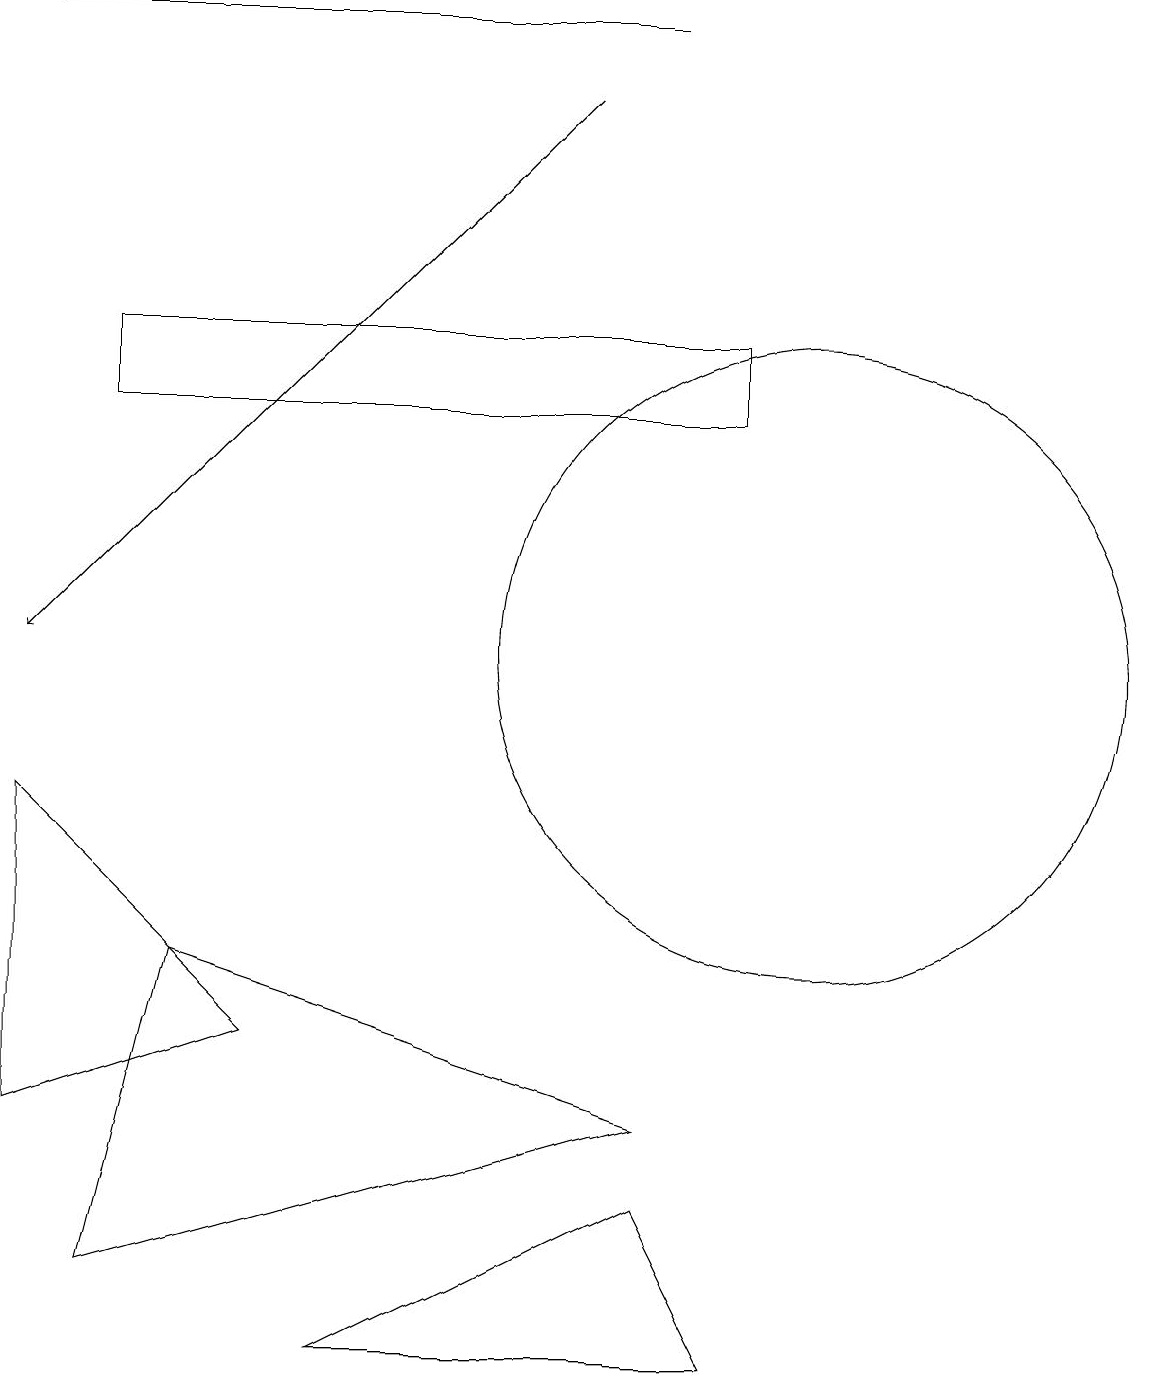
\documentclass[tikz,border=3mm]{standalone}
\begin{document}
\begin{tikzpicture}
\draw (9,1) -- (4,1) -- (8,3) -- cycle;
\draw (1,14) rectangle (9,13);
\draw (3,5) -- (0,8) -- (0,4) -- cycle;
\draw[->] (8,18) -- (0,18);
\draw (10,10) circle (4);
\draw (1,2) -- (8,4) -- (2,6) -- cycle;
\draw[->] (7,17) -- (0,10);
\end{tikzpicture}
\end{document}